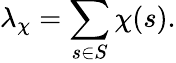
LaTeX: \lambda_{\chi}=\sum_{s\in S}\chi(s).